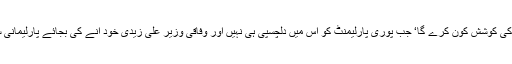
اب ان کو بٹھا کر مسائل سننے اور حل کرنے کی کوشش کون کرے گا‘ جب پوری پارلیمنٹ کو اس میں دلچسپی ہی نہیں اور وفاقی وزیر علی زیدی خود آنے کی بجائے پارلیمانی سیکرٹری کو کہہ دیتے ہیں: یار ذرا دیکھ لینا ۔